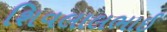
શિવલાલભાઈ